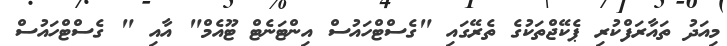
މިއަދު ތައާރަފްކުރި ޕެކޭޖްތަކުގެ ތެރޭގައި "ގެސްޓްހައުސް އިންޓަނެޓް ޓޫއެމް" އާއި " ގެސްޓްހައުސް